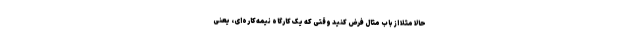
حالا مثلاً از باب مثال فرض کنید وقتی که یک کارگاه نیمه‌کاره‌ای، یعنی